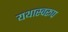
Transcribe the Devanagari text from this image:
यथास्वरूप